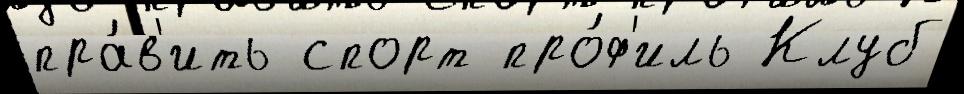
пра́в'ить спорт про́ф'иль Клуб